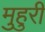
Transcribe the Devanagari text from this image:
मुहुरी